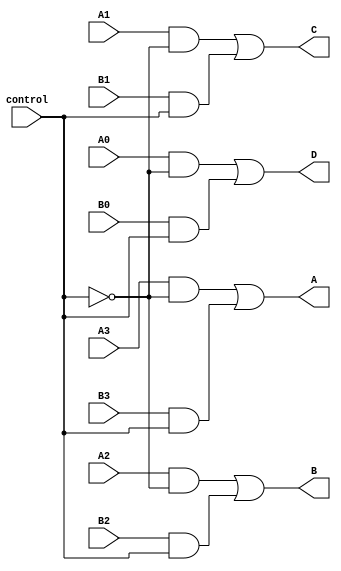
module mux8a4 (
// Inputs and output ports
  input A0,
  input A1,
  input A2,
  input A3,
  input B0,
  input B1,
  input B2,
  input B3,
  input control,
  output A,
  output B,
  output C,
  output D
);

assign A=((A3 & ~(control))|(B3 & control));
assign B=((A2 & ~(control))|(B2 & control));
assign C=((A1 & ~(control))|(B1 & control));
assign D=((A0 & ~(control))|(B0 & control));

endmodule